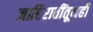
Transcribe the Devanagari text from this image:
जाहिरातींतूनही